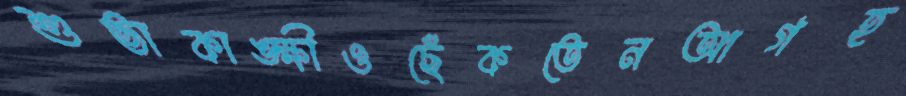
শুভাকাঙ্ক্ষীওছেঁকতেনআগহ